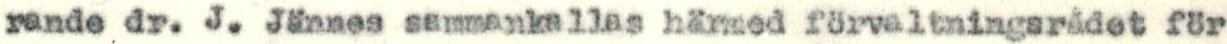
rande dr. J. Jännes sammankallas härmed förvaltningsrådet för